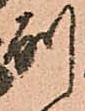
別